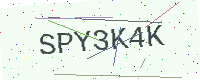
Text: SPY3K4K